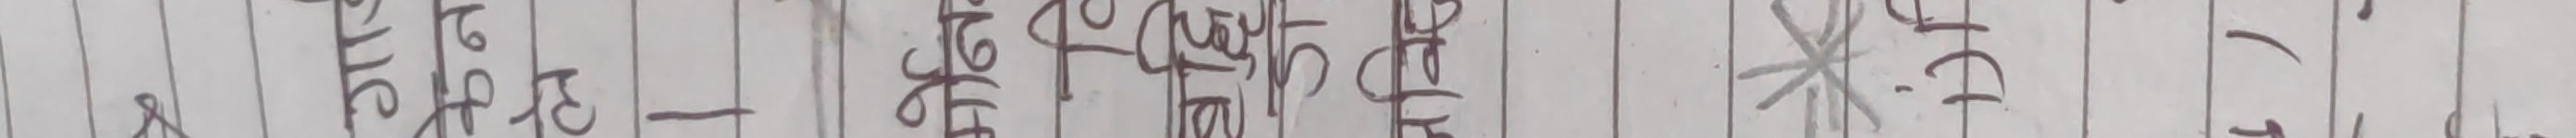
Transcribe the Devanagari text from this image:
I'm sorry, I cannot confidently extract the full text from the image. While some parts are clear, a significant portion of the text after "भात छ प" and before "* देइ)" is too smudged and indistinct to be accurately transcribed. According to the instructions, if the text cannot be read, an empty string should be returned.